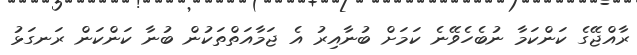
ރާއްޖޭގެ ކަންކަމާ ނުބެހެވޭނެ ކަމަށް ބުނާއިރު އެ ޖަމާއަތްތަކުން ބުނާ ކަންކަން ރަނގަޅު